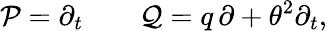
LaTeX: {\cal P}=\partial_{t}\qquad{\cal Q}=q\, \partial+\theta^{2}\partial_{t},